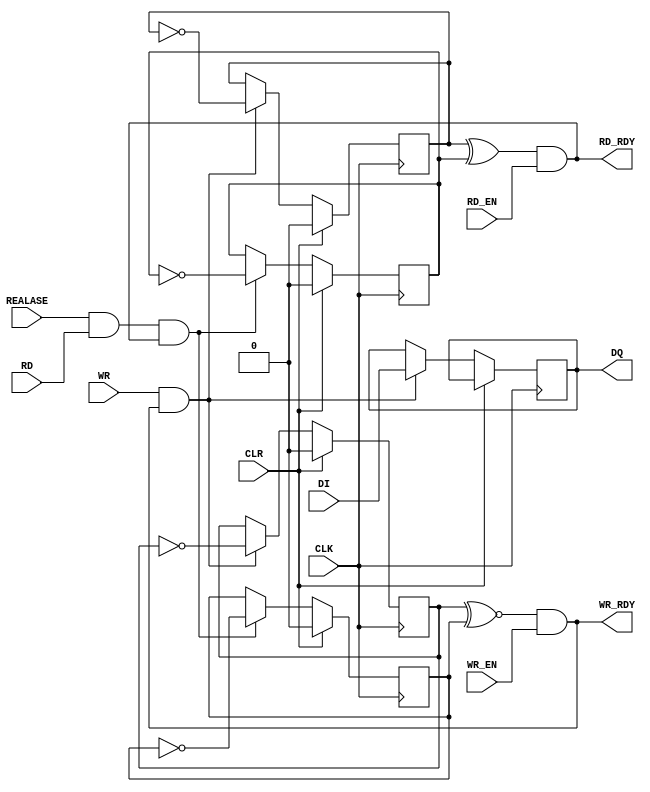
module semafor_unit(
	CLK, CLR,
	DI, DQ,
	/*AW, AR,*/
	WR, WR_EN, WR_RDY,
	RD, RD_EN, RD_RDY,
	REALASE);
	
	
input CLK, CLR;
input DI;
output reg DQ;

input WR;		// write
input WR_EN;	// write enable
output  WR_RDY;	// write ready

//input [1:0]AR;	// adress read
input RD;
input RD_EN;
output  RD_RDY;
input REALASE;			// jeden bit 

reg MW_DA;
reg MW_QA;
reg MW_QB;


reg MR_DA;
reg MR_QA;
reg MR_QB;

reg WE_MW;
reg WE_MR;


//reg MEM[3:0];
//wire WR_RDY;
//wire RD_RDY;
initial begin
	MR_DA <= 1'b0;
	MW_DA <= 1'b0;
	DQ <= 1'b0;
end

always @(posedge CLK) begin
	if(CLR) begin
		MW_QA <= 0;
		MW_QB <= 0;
		MR_QA <= 0;
		MR_QB <= 0;
	end
else begin
	if(WE_MW) begin 

		MW_QA <= ~MW_QA;
		MW_QB <= ~MW_QB;
		DQ <= DI;  		
	end
	if(WE_MR) begin 
		MR_QA <= ~MR_QA;
		MR_QB <= ~MR_QB;
	
	end
		
end

end

always@(*) begin	
	WE_MW = WR & WR_RDY;
	WE_MR = REALASE & RD & RD_RDY;	
end

assign WR_RDY = (MW_QA ~^ MR_QB) & WR_EN;
assign RD_RDY =  (MW_QB ^ MR_QA) & RD_EN;



endmodule